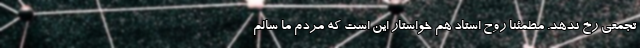
تجمعی رخ ندهد. مطمئنا روح استاد هم خواستار این است که مردم ما سالم